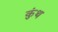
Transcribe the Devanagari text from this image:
कुंथ